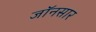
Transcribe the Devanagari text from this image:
जॉनसार